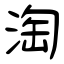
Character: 淘